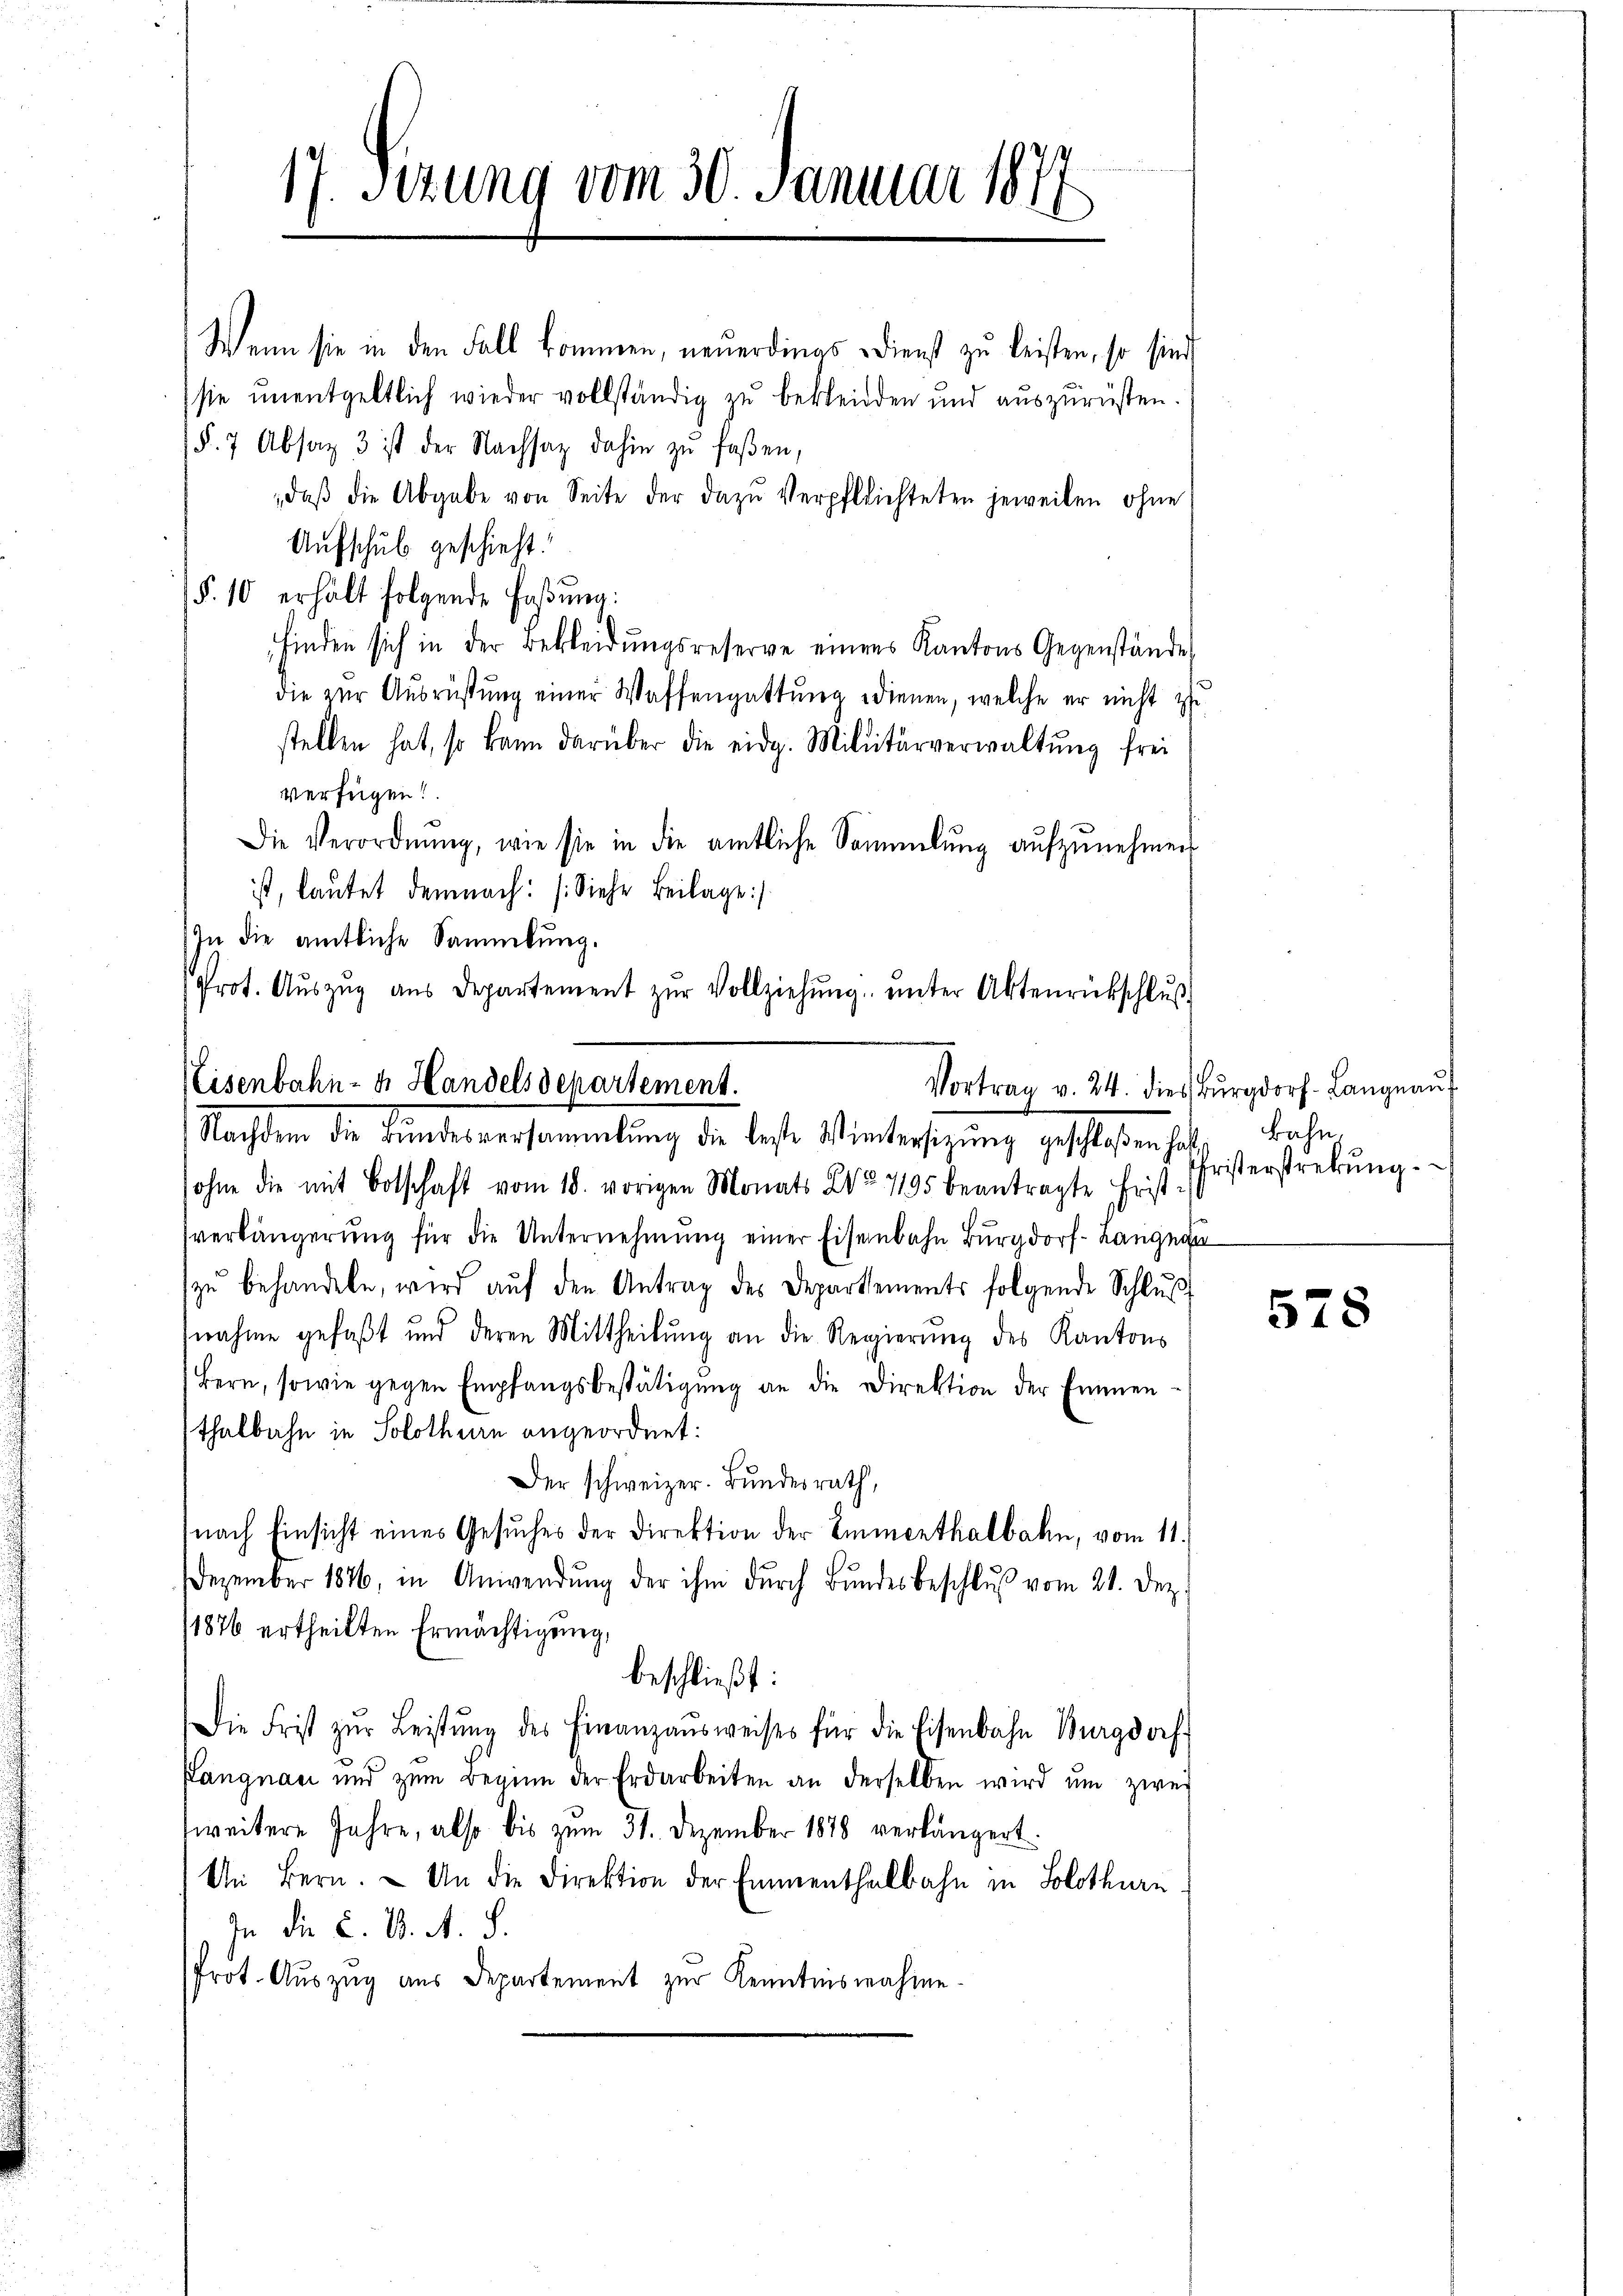
17. Sitzung vom 30. Januar 1872
8

Wenn sie in den Fall kommen, neuerdings Dienst zu leisten, so sind
sie unentgeltlich wieder vollständig zu bekleiden und auszurüsten.
§. 7 Absag 3 ist der Nachsaz dahin zŭ faßen,
, daβ die Abgabe von Seite der dazŭ Verpflichteten jeweilen ohne
Aufschub geschieht.
(§. 10 erhält folgende Faßung:
finden sich in der Bekleidungsreserve eines Kantons Gegenstände
die zur Ausrüstung einer Waffengattung dienen, welche er nicht zu
stellen hat, so kann darüber die eidg. Militärverwaltung frei
verfügen!
Die Verordnŭng, wie sie in die amtliche Sammlung aŭfzŭnehmen
ist, lautet demnach: (Siehe Beilage :/
In die amtliche Sammlung.
Prot. Aŭszŭg aŭs Departement zŭr Vollziehŭng ŭnter Aktenrückschlŭβ-

Eisenbahn- u. Handelsdepartement.
Vortrag v. 24. dies Burgdorf- Langnaŭf
Nachdem die Bundesversammlung die beste Wintersitzŭng geschloßen hat, Bahn

ohne die mit Botschaft vom 18. vorigen Monats Wo 7195 beantragte Frist-
verlängerŭng für die Unternehmung einer Eisenbahn Burgdorf- Langna
zŭ behandeln, wird aŭf den Antrag des Departements folgende Schlŭβ
nahme gefaßt und deren Mittheilŭng an die Regierŭng des Kantons
(Bern, sowie gegen Empfangsbestätigŭng an die Direktion der Emmen
sthalbahn in Solothurn angeordnet:
Der schweizer. Bŭndesrath,
(nach Einsicht eines Gesŭches der Direktion der Emmenthalbahn, vom 11.
Dezember 1846, in Anwendŭng der ihm dŭrch Bŭndesbeschlŭβ vom 21. Dez.
1876 ertheilten Ermächtigung,
beschließt:
Die Frist zŭr Leistŭng des Finanzausweises für die Eisenbahn Burgdorf
Langnau und zum Beginn der Erdarbeiten an derselben wird um zwei
zweitere Jahre, also bis zum 31. Dezember 1878 verlängert.
Um Bern. An die Direktion der Emmenthalbahn in Solothurn
In die L. B. A. S.
Prot. Auszug aus Departement zur Kenntnisnahme-

Fristerstrebung.

578